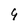
Character: 9